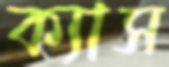
ক্যাস